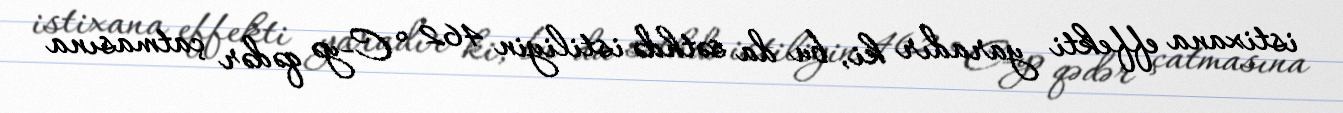
istixana effekti yaradır ki, bu da səthdə istiliyin 462 °C-yə qədər çatmasına